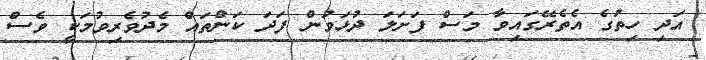
އަދި ހިތުގެ އެތެރޭގައިވާ މަސް ފަށަލަ ދުޅަވުން ފަދަ ކަންތައް މެދުވެރިވުމަކީ ވެސް